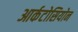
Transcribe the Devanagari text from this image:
आर्कटोसियोन